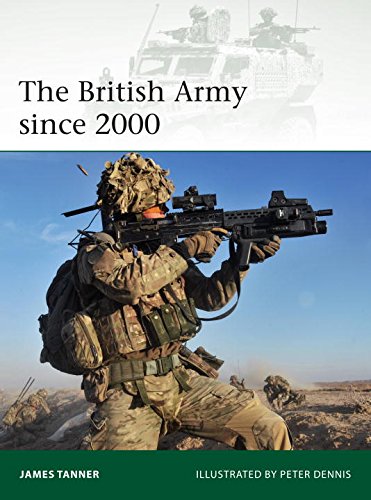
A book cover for The British Army since 2000 (Elite); James Tanner; History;